Indian journal of veterinary science and animal husbandry - Volume 14,
Year: 1944
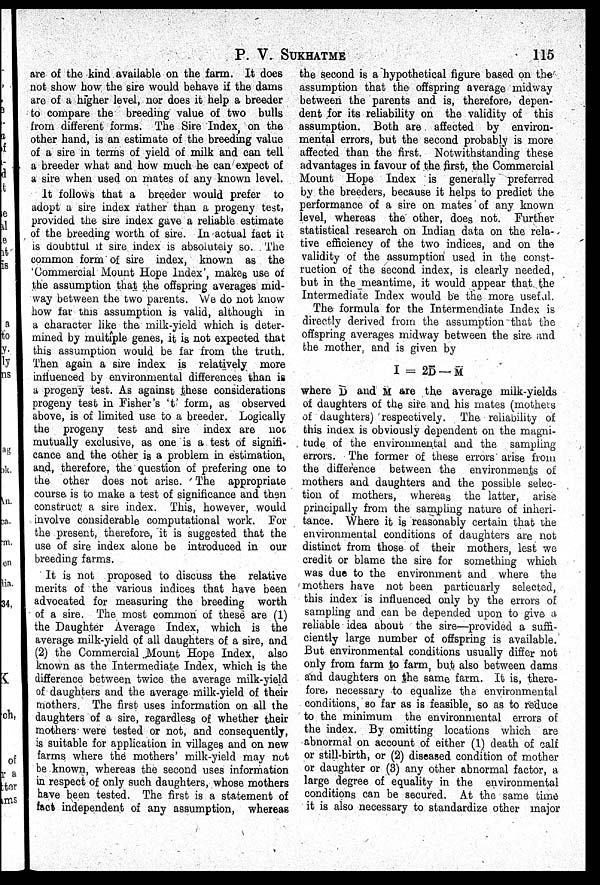
P. V. SUKHATME
115
are of the kind available on the farm. It does
not show how the sire would behave if the dams
are of a higher level, nor does it help a breeder
to compare the breeding value of two bulls
from different forms. The Sire Index on the
other hand, is an estimate of the breeding value
of a sire in terms of yield of milk and can tell
a breeder what and how much he can expect of
a sire when used on mates of any known level.
It follows that a breeder would prefer to
adopt a sire index rather than a progeny test,
provided the sire index gave a reliable estimate
of the breeding worth of sire. In actual fact it
is doubtful if sire index is absolutely so. The
common form of sire index, known as the
'Commercial Mount Hope Index', makes use of
the assumption that the offspring averages mid-
way between the two parents. We do not know
how far this assumption is valid, although in
a character like the milk-yield which is deter-
mined by multiple genes, it is not expected that
this assumption would be far from the truth.
Then again a sire index is relatively more
influenced by environmental differences than is
a progeny test. As against these considerations
progeny test in Fisher's 't' form, as observed
above, is of limited use to a breeder. Logically
the progeny test and sire index are not
mutually exclusive, as one is a test of signifi-
cance and the other is a problem in estimation,
and, therefore, the question of prefering one to
the other does not arise. The appropriate
course is to make a test of significance and then
construct a sire index. This, however, would
involve considerable computational work. For
the present, therefore, it is suggested that the
use of sire index alone be introduced in our
breeding farms.
It is not proposed to discuss the relative
merits of the various indices that have been
advocated for measuring the breeding worth
of a sire. The most common of these are (1)
the Daughter Average Index, which is the
average milk-yield of all daughters of a sire, and
(2) the Commercial Mount Hope Index, also
known as the Intermediate Index, which is the
difference between twice the average milk-yield
of daughters and the average milk-yield of their
mothers. The first uses information on all the
daughters of a sire, regardless of whether their
mothers were tested or not, and consequently,
is suitable for application in villages and on new
farms where the mothers' milk-yield may not
be known, whereas the second uses information
in respect of only such daughters, whose mothers
have been tested. The first is a statement of
fact independent of any assumption, whereas
the second is a hypothetical figure based on the
assumption that the offspring average midway
between the parents and is, therefore, depen-
dent for its reliability on the validity of this
assumption. Both are affected by environ-
mental errors, but the second probably is more
affected than the first. Notwithstanding these
advantages in favour of the first, the Commercial
Mount Hope Index is generally preferred
by the breeders, because it helps to predict the
performance of a sire on mates of any known
level, whereas the other, does not. Further
statistical research on Indian data on the rela-
tive efficiency of the two indices, and on the
validity of the assumption used in the const-
ruction of the second index, is clearly needed,
but in the meantime, it would appear that the
Intermediate Index would be the more useful.
The formula for the Intermendiate Index is
directly derived from the assumption that the
offspring averages midway between the sire and
the mother, and is given by
I = 2D — M
where D and M are the average milk-yields
of daughters of the sire and his mates (mothers
of daughters) respectively. The reliability of
this index is obviously dependent on the magni-
tude of the environmental and the sampling
errors. The former of these errors arise from
the difference between the environments of
mothers and daughters and the possible selec-
tion of mothers, whereas the latter, arise
principally from the sampling nature of inheri-
tance. Where it is reasonably certain that the
environmental conditions of daughters are not
distinct from those of their mothers, lest we
credit or blame the sire for something which
was due to the environment and where the
mothers have not been particuarly selected,
this index is influenced only by the errors of
sampling and can be depended upon to give a
reliable idea about the sire—provided a suffi-
ciently large number of offspring is available.
But environmental conditions usually differ not
only from farm to farm, but also between dams
and daughters on the same farm. It is, there-
fore, necessary to equalize the environmental
conditions, so far as is feasible, so as to reduce
to the minimum the environmental errors of
the index. By omitting locations which are
abnormal on account of either (1) death of calf
or still-birth, or (2) diseased condition of mother
or daughter or (3) any other abnormal factor, a
large degree of equality in the environmental
conditions can be secured. At the same time
it is also necessary to standardize other major